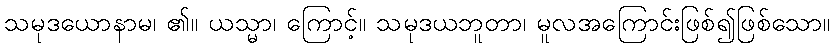
သမုဒယောနာမ၊ ၏။ ယသ္မာ၊ ကြောင့်။ သမုဒယဘူတာ၊ မူလအကြောင်းဖြစ်၍ဖြစ်သော။